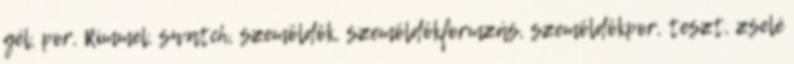
gél, por, Rimmel, swatch, szemöldök, szemöldökformzás, szemöldökpor, teszt, zselé